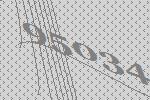
95034